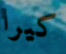
كيرا